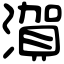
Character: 㵑